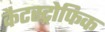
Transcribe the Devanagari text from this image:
कैटस्ट्रोफिक